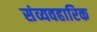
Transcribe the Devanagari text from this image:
संव्यवहारिक